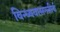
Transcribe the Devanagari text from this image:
विन्ध्यवासनतीर्थ